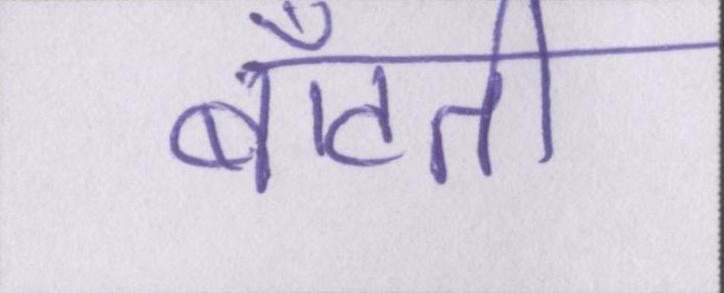
बाँटती